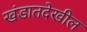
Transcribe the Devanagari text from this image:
खंडातदेखील